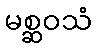
မစ္ဆဝသံ